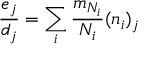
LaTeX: \frac { e _ { j } } { d _ { j } } = \sum _ { i } \frac { m _ { N _ { i } } } { N _ { i } } ( n _ { i } ) _ { j }